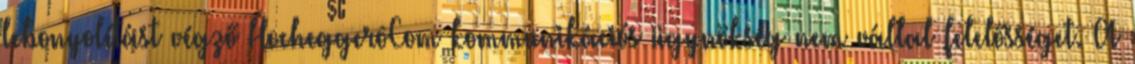
lebonyolítást végző HocheggerôCom kommunikációs ügynökség nem vállal felelősséget. A